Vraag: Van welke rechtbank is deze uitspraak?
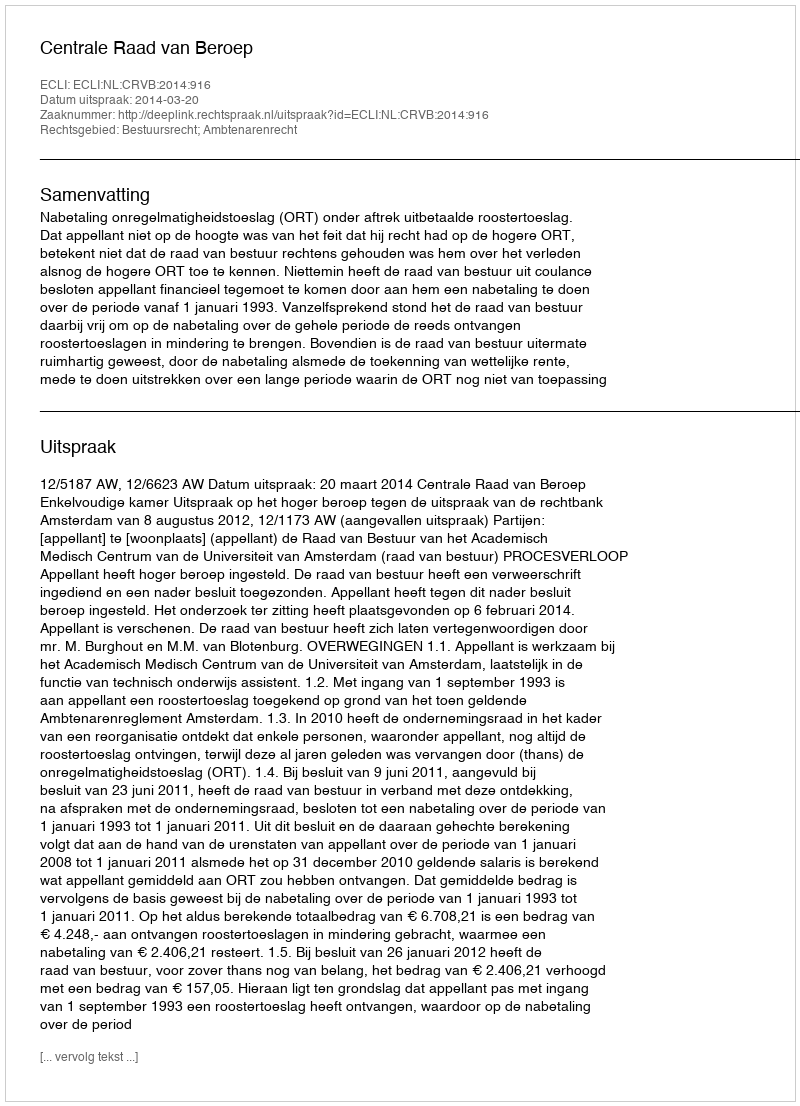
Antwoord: Centrale Raad van Beroep